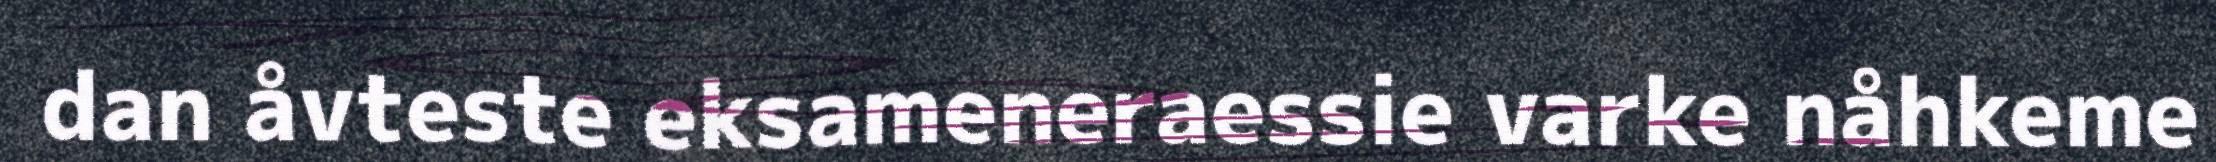
dan åvteste eksameneraessie varke nåhkeme